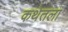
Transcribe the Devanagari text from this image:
कथेतला